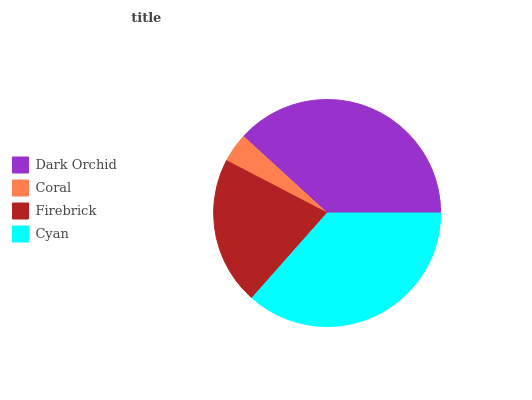
| Dark Orchid | Coral | Firebrick | Cyan |
 | --- | --- | --- | --- |
 | 38.1% | 4.15% | 21.1% | 36.6% |